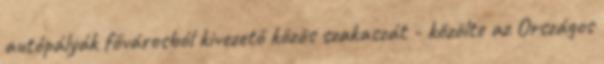
autópályák fővárosból kivezető közös szakaszát - közölte az Országos